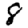
Digit: 8